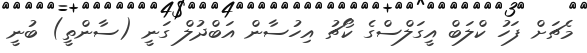
މެޗަށް ފަހު ކްލަބް އީގަލްސްގެ ކޯޗު އިހުސާން އަބްދުލް ގަނީ (ސާންތީ) ބުނީ